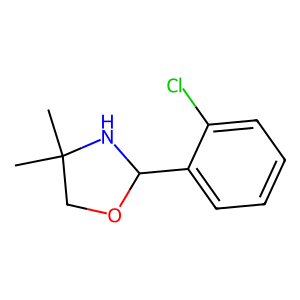
SMILES: CC1(C)COC(c2ccccc2Cl)N1
Inhibits HIV replication: No